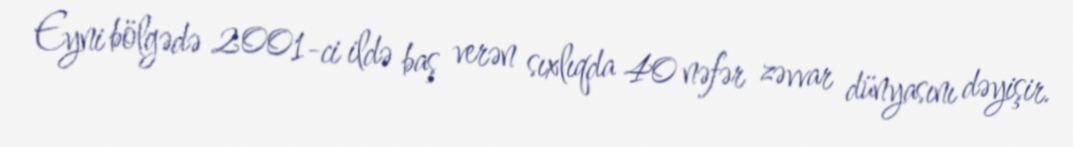
Eyni bölgədə 2001-ci ildə baş verən sıxlıqda 40 nəfər zəvvar dünyasını dəyişir.